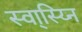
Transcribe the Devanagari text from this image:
स्वा्स्य्नि